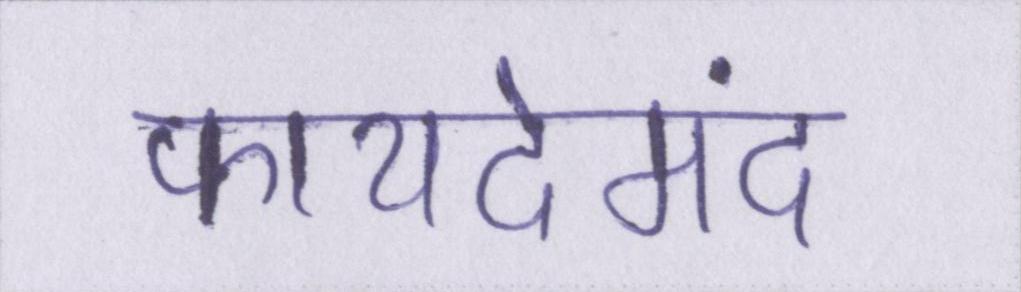
फायदेमंद